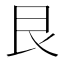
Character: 艮